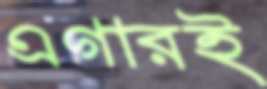
এগারই